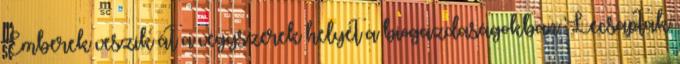
Emberek veszik át a vegyszerek helyét a biogazdaságokban Lecsaptak